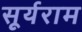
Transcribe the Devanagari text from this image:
सूर्यराम